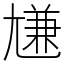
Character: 尲